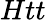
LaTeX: Htt